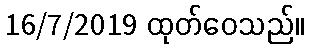
16/7/2019 ထုတ်ဝေသည်။